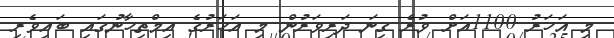
މި އަހަރު 1100އަށް ވުރެ ގިނަ ދަރިވަރުން މި އަހަރުގެ އިމްތިހާނުގައި ބައިވެރި